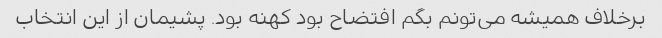
برخلاف همیشه می‌تونم بگم افتضاح بود کهنه بود. پشیمان از این انتخاب